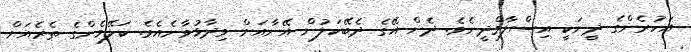
އަހުރެންގެ ދީނަކީ އިސްލާމްދީނެވެ. ދެން އޭގެ ދެބޭކަލުން އޭނާއަށް ވިދާޅުވާނެއެވެ. ކަލޭމެންގެ ތެރެއަށް